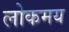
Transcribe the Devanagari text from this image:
लोकमय